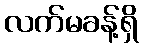
လက်မခန့်ရှိ